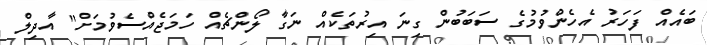
ބައެއް ފަހަރު އެހެންވުމުގެ ސަބަބުން ގިނަ އިރުތަކެއް ނަގާ ލޯންޗެއް ހަމަޖެއްސެވުމަށް" އާދިލް